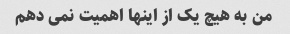
من به هیچ یک از اینها اهمیت نمی دهم